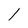
Character: l